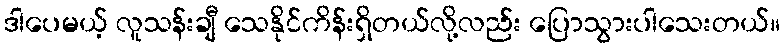
ဒါပေမယ့် လူသန်းချီ သေနိုင်ကိန်းရှိတယ်လို့လည်း ပြောသွားပါသေးတယ်။